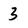
Character: 3